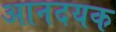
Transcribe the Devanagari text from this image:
आनदयक